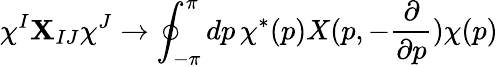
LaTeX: \chi^{I}{\mathbf X}_{IJ}\chi^{J}\rightarrow\oint_{-\pi}^{\pi}dp\, \chi^{*}(p)X(p,-\frac{\partial}{\partial p})\chi(p)